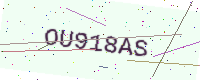
Text: OU918AS